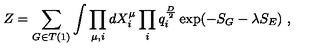
Z = \sum _ { G \in T ( 1 ) } \int \prod _ { \mu , i } d X _ { i } ^ { \mu } \prod _ { i } q _ { i } ^ { \frac { D } { 2 } } \exp ( - S _ { G } - \lambda S _ { E } ) \ ,